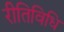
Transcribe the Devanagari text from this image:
रीतिविधि